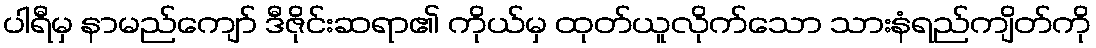
ပါရီမှ နာမည်ကျော် ဒီဇိုင်းဆရာ၏ ကိုယ်မှ ထုတ်ယူလိုက်သော သားနံရည်ကျိတ်ကို